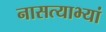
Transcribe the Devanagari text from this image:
नासत्याभ्यां